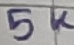
Text: 5K